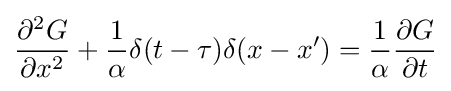
{\frac {\partial ^{2}G}{\partial x^{2}}}+{\frac {1}{\alpha }}\delta (t-\tau )\delta (x-x')={\frac {1}{\alpha }}{\frac {\partial G}{\partial t}}